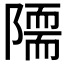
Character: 𨼏